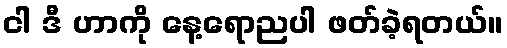
ငါ ဒီ ဟာကို နေ့ရောညပါ ဖတ်ခဲ့ရတယ်။